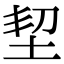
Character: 𡊷